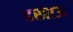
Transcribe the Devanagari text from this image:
डखाऊ